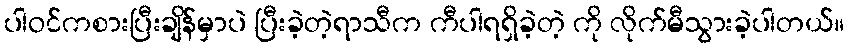
ပါဝင်ကစားပြီးချိန်မှာပဲ ပြီးခဲ့တဲ့ရာသီက ကီပါရရှိခဲ့တဲ့ ကို လိုက်မီသွားခဲ့ပါတယ်။